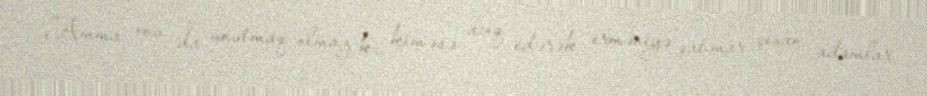
Amma onu da unutmaq olmaz ki, kiməsə acıq edərək erməniyə qahmar çıxan adamlar